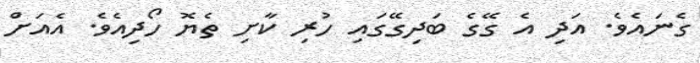
ގެނައެވެ. އަދި އެ ގޭގެ ބަދިގޭގައި ހުރި ކާށި ތެޔޮ ހޯދިއެވެ. އެއަށް